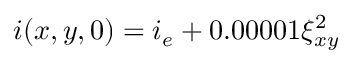
i ( x , y , 0 ) = i _ { e } + 0 . 0 0 0 0 1 \xi _ { x y } ^ { 2 }